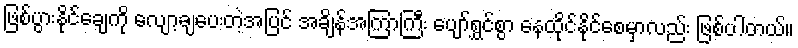
ဖြစ်ပွားနိုင်ချေကို လျော့ချပေးတဲ့အပြင် အချိန်အကြာကြီး ပျော်ရွှင်စွာ နေထိုင်နိုင်စေမှာလည်း ဖြစ်ပါတယ်။